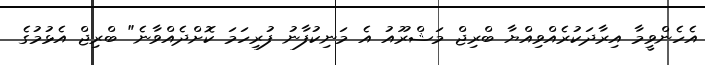
އެހެންވީމާ އިރާދަކުރެއްވިއްޔާ ބްރިޖް މަޝްރޫއު އެ މަނިކުފާނު ފުރިހަމަ ކޮށްދެއްވާނެ" ބްރިޖް އެޅުމުގެ